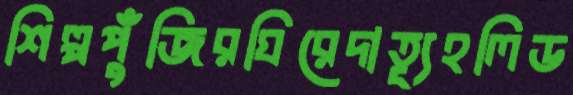
শিল্পপুঁজিরঘিরেদাত্যূহলিড